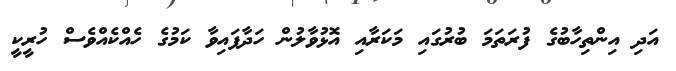
އަދި އިންތިހާބުގެ ފުރަތަމަ ބުރުގައި މަކަރާއި އޮޅުވާލުން ހަދާފައިވާ ކަމުގެ ހެއްކެއްވެސް ހުރީކީ